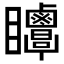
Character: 𥍗